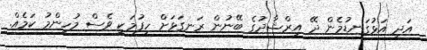
އަދި އަޅުގަނޑުމެން ދޭ އިރްޝާދުގެ ބޭނުން ރަނގަޅަށް ހިފުމަކީ ވެސް މުހިންމު ކަމެއް.